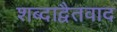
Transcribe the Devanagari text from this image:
शब्दाद्वैतवाद